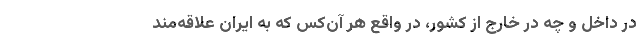
در داخل و چه در خارج از کشور، در واقع هر آن‌کس که به ایران علاقه‌مند